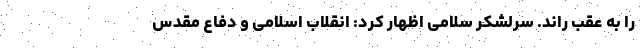
را به عقب راند. سرلشکر سلامی اظهار کرد: انقلاب اسلامی و دفاع مقدس